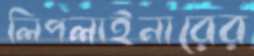
লিপলাইনারের